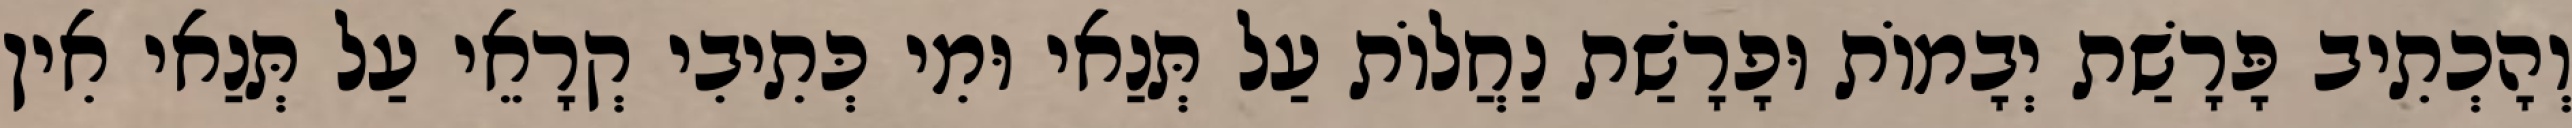
וְהָכְתִיב פָּרָשַׁת יְבָמוֹת וּפָרָשַׁת נַחֲלוֹת עַל תְּנַאי וּמִי כְּתִיבִי קְרָאֵי עַל תְּנַאי אִין